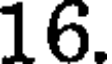
16.